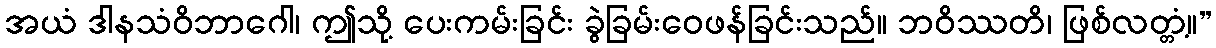
အယံ ဒါနသံဝိဘာဂေါ၊ ဤသို့ ပေးကမ်းခြင်း ခွဲခြမ်းဝေဖန်ခြင်းသည်။ ဘဝိဿတိ၊ ဖြစ်လတ္တံ့။”